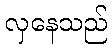
လှနေသည်